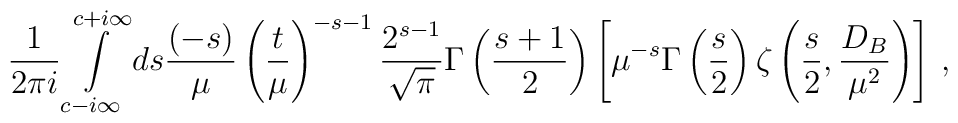
\frac 1{2\pi i}\int\limits_{c-i\infty }^{c+i\infty }ds\frac{(-s)}{\mu}\left(\frac{t}{\mu}\right)^{-s-1}\frac{2^{s-1}}{\sqrt{\pi}}\Gamma \left( \frac{ s+1}2\right) \left[ \mu^{-s}\Gamma \left(\frac s2\right) \zeta \left( \frac s2, \frac{D_B}{\mu ^2}\right)\right]\,,